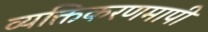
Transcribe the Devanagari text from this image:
व्यक्तिकरणमापी